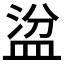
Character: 𥁳